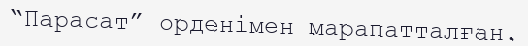
“Парасат” орденімен марапатталған.